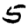
Digit: 5